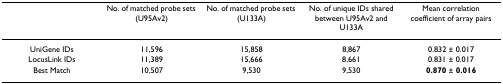
<table><thead><tr><td></td><td><b>No. of matched probe sets (U95Av2)</b></td><td><b>No. of matched probe sets (U133A)</b></td><td><b>No. of unique IDs shared between U95Av2 and U133A</b></td><td><b>Mean correlation coefficient of array pairs</b></td></tr></thead><tbody><tr><td>UniGene IDs</td><td>11,596</td><td>15,858</td><td>8,867</td><td>0.832 ± 0.017</td></tr><tr><td>LocusLink IDs</td><td>11,389</td><td>15,666</td><td>8,661</td><td>0.831 ± 0.017</td></tr><tr><td>Best Match</td><td>10,507</td><td>9,530</td><td>9,530</td><td><b>0.870</b> ± <b>0.016</b></td></tr></tbody></table>